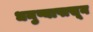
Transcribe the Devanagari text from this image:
धनुष्यापासून